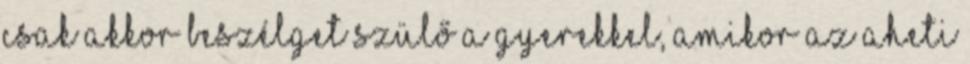
csak akkor beszélget szülő a gyerekkel, amikor az aheti